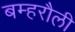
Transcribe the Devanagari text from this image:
बम्हरौली